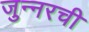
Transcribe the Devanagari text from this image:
जुन्नरची